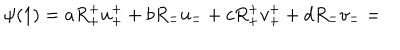
LaTeX: \psi ( 1 ) = a R _ { + } ^ { + } u _ { + } ^ { + } + b R _ { - } ^ { - } u _ { - } ^ { - } + c R _ { + } ^ { + } v _ { + } ^ { + } + d R _ { - } ^ { - } v _ { - } ^ { - } =